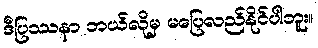
ဒီပြဿနာ ဘယ်လိုမှ မပြေလည်နိုင်ပါဘူး။